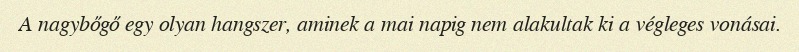
A nagybőgő egy olyan hangszer, aminek a mai napig nem alakultak ki a végleges vonásai.